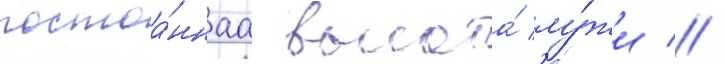
постоа́ннаа высота́ лу́жи //